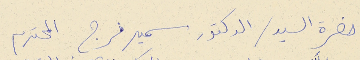
حضرة السيد / الدكتور سمير فرج المحترم